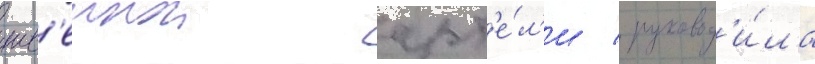
шв'еинои арт'е́л'и / руковод'и́ла